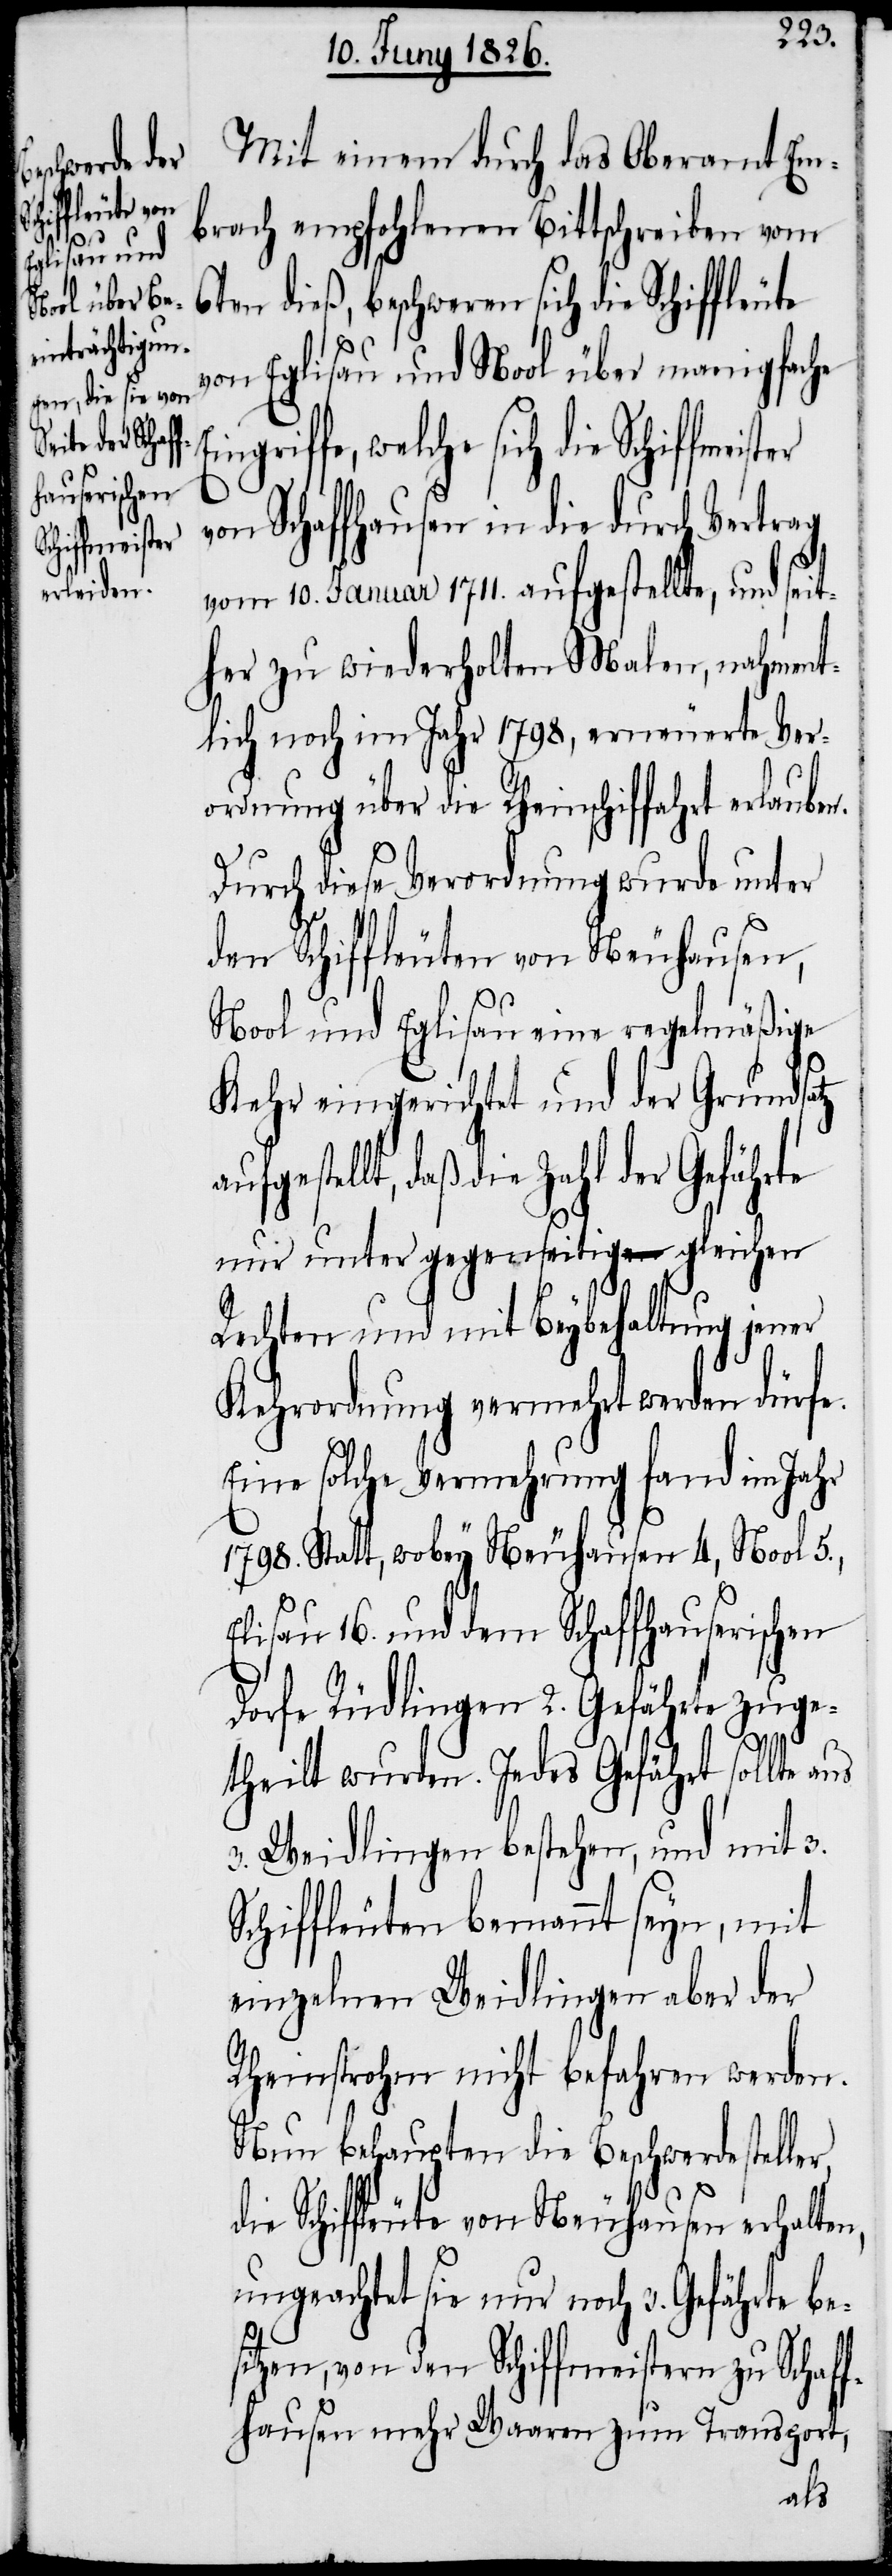
sich die Sc¬
hiffmeister

Mit einem durch das Oberamt Em¬
brach empfohlenen Bittschreiben vom
6ten dieß, beschweren sich die Schiffleute
von Eglisau und Nool über manigfache
von Schaffhausen in die durch Vertrag
vom 10. Januar 1711. aufgestellte, und seit¬
her zu wiederholten Malen, nahment¬
lich noch im Jahr 1789, erneuerte Ver¬
ordnung über die Rheinschiffahrt erlaube¬
Durch diese Verordnung wurde unter
den Schiffleuten von Neuhausen,
Nool und Eglisau eine regelmäßige
a¬
Kehr eingerichtet und der Grundsatz
ufgestellt, daß die Zahl der Gefährte
nur unter gegenseitig gleichen
Rechten und mit Beybehaltung jener
Kehrordnung vermehrt werden dürfe.
Eine solche Vermehrung fand im Jahr
1798. Statt, wobey Neuhausen 4, Noll 5.,
Eglisau 16. und dem Schaffhauserischen
Dorfe Rüdlingen 2. Gefährte zuge¬
theilt wurden. Jedes Gefährt sollte
3. Weidlingen bestehen, und mit 3.
Schiffleuten bemannt seyn, mit
einzelnen Weidlingen aber der
Rheinstrohm nicht befahren werden.
Nun behaupten die Beschwerdesteller
die Schiffleute von Neuhausen erhalten,
ungeachtet sie nur noch 3. Gefährte be¬
sitzen, von den Schiffmeistern zu Schaf¬
fhauen mehr Waaren zum Transport,